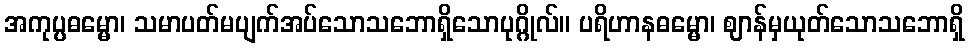
အကုပ္ပဓမ္မော၊ သမာပတ်မပျက်အပ်သောသဘောရှိသောပုဂ္ဂိုလ်။ ပရိဟာနဓမ္မော၊ ဈာန်မှယုတ်သောသဘောရှိ